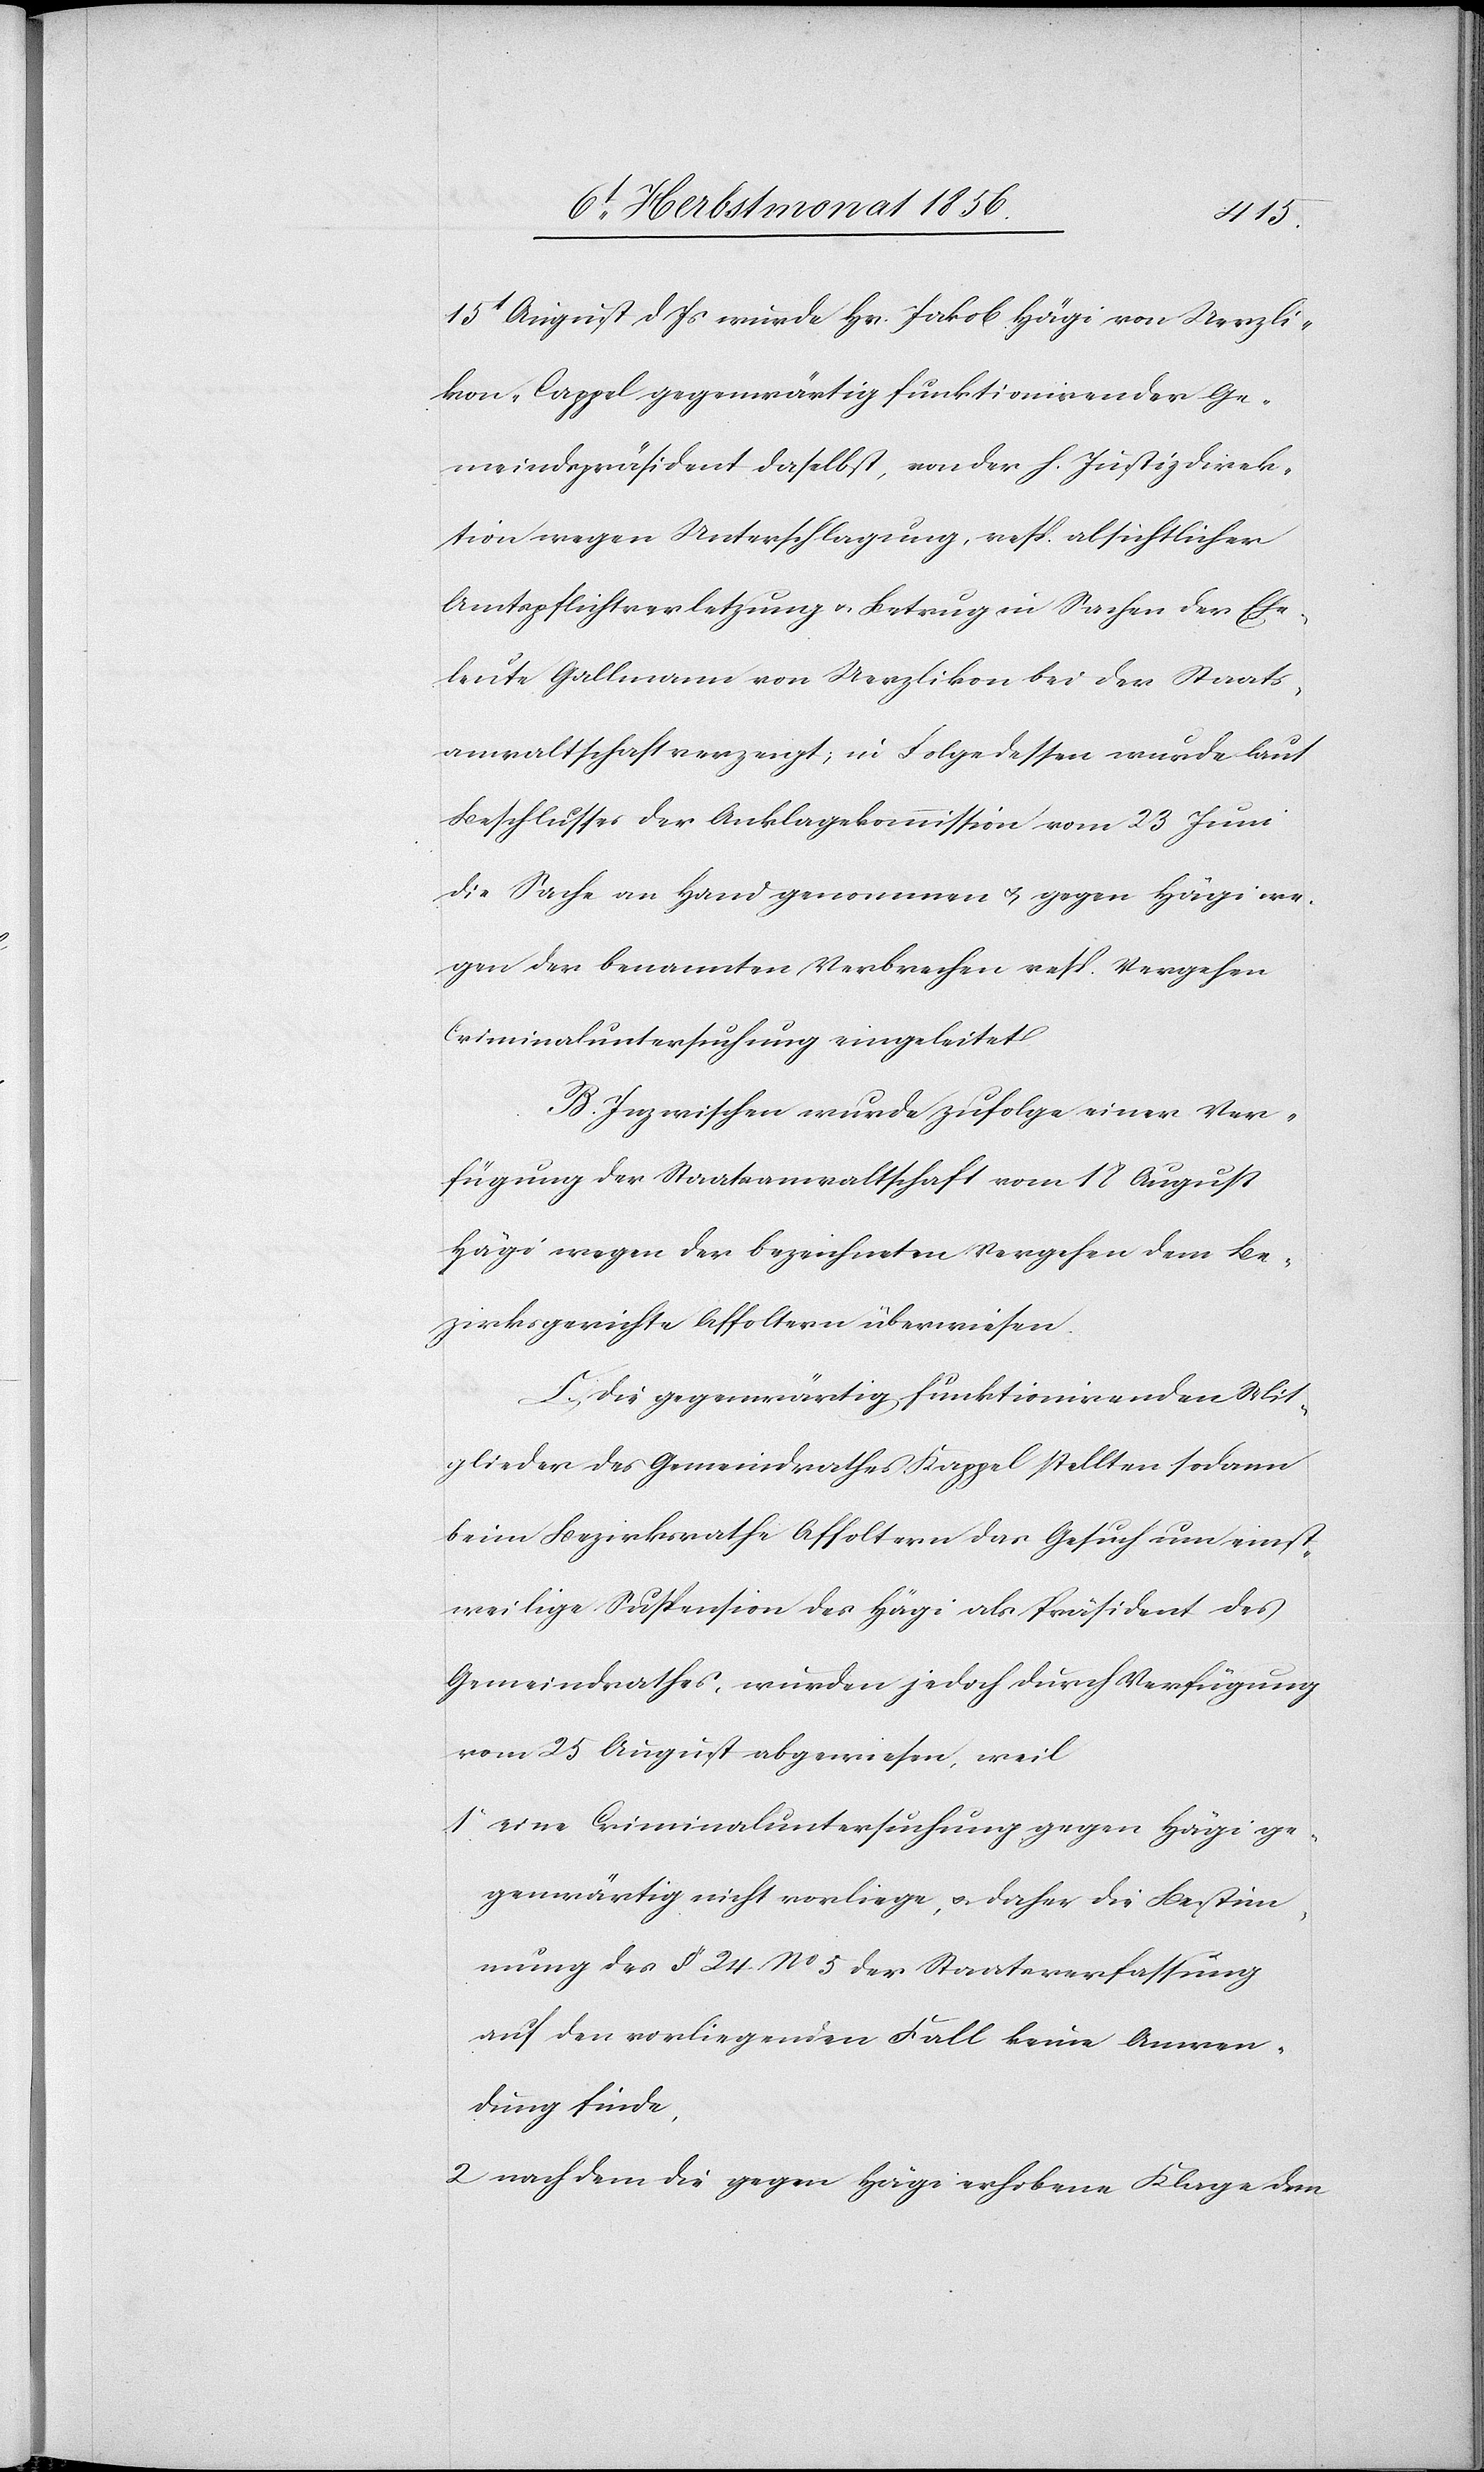
15t August d Js wurde Hr. Jakob Hägi von Uerzli¬
kon-Cappel [sic!] gegenwärtig funktionirender Ge¬
meindspräsident daselbst, von der h. Justizdirek¬
tion wegen Unterschlagung, resp. absichtlicher
Amtspflichtverletzung u. Betrug in Sachen der Ehe¬
leute Gallmann von Uerzlikon bei der Staats¬
anwaltschaft verzeigt; in Folge dessen wurde laut
Beschlusses der Anklagekommission vom 23 Juni
die Sache an Hand genommen u. gegen Hägi we¬
gen der benannten Verbrechen resp. Vergehen
Criminaluntersuchung eingeleitet.
B.) Inzwischen wurde zufolge einer Ver¬
fügung der Staatsanwaltschaft vom 18 August
Hägi wegen der bezeichneten Vergehen dem Be¬
zirksgerichte Affoltern überwiesen.
C.) Die gegenwärtig funktionirenden Mit¬
glieder des Gemeindrathes Kappel stellten sodann
beim Bezirksrathe Affoltern das Gesuch um einst¬
weilige Suspension des Hägi als Präsident des
Gemeindrathes, wurden jedoch durch Verfügung
vom 25 August abgewiesen, weil
1o eine Criminaluntersuchung gegen Hägi ge¬
genwärtig nicht vorliege, u. daher die Bestim¬
mung des § 24 No 5 der Staatsverfassung
auf den vorliegenden Fall keine Anwen¬
dung finde,
2o nach dem die gegen Hägi erhobene Klage dem